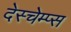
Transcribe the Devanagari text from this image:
देस्चेम्प्स